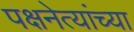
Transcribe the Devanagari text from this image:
पक्षनेत्यांच्या